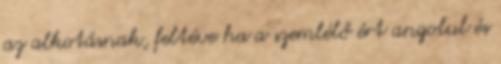
az alkotásnak, feltéve ha a szemlélő ért angolul és